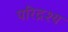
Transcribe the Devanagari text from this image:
परिद्रश्य